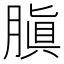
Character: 䐜